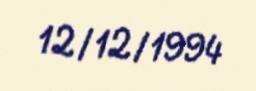
12/12/1994